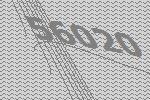
56020